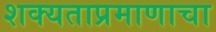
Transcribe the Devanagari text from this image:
शक्यताप्रमाणाचा